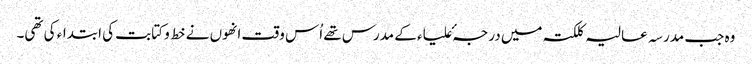
وہ جب مدرسہ عالیہ کلکتہ میں درجہٴ علیاء کے مدرس تھے اُس وقت انھوں نے خط و کتابت کی ابتداء کی تھی۔